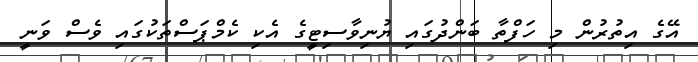
އޭގެ އިތުރުން މި ހަފްތާ ބަންދުގައި ޔުނިވާސިޓީގެ އެކި ކެމްޕަސްތަކުގައި ވެސް ވަނީ